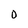
Character: O